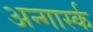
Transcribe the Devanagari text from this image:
अन्गार्स्क